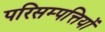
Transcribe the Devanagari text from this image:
परिसम्‍पत्तियों